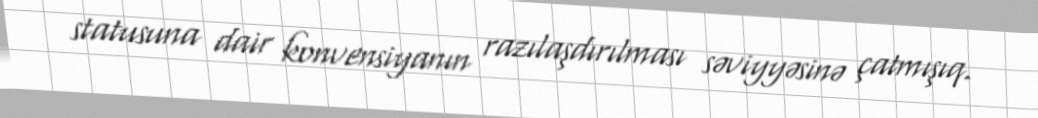
statusuna dair konvensiyanın razılaşdırılması səviyyəsinə çatmışıq.